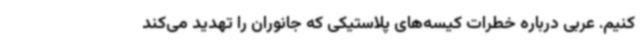
کنیم. عربی درباره خطرات کیسه‌های پلاستیکی که جانوران را تهدید می‌کند